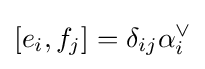
\left[e_{i},f_{j}\right]=\delta _{ij}\alpha _{i}^{\vee }